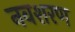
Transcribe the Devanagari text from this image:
नवशरण